Vaccine operations Central Provinces & Berar 1912-1920 - 1912-1920
Year: 1912
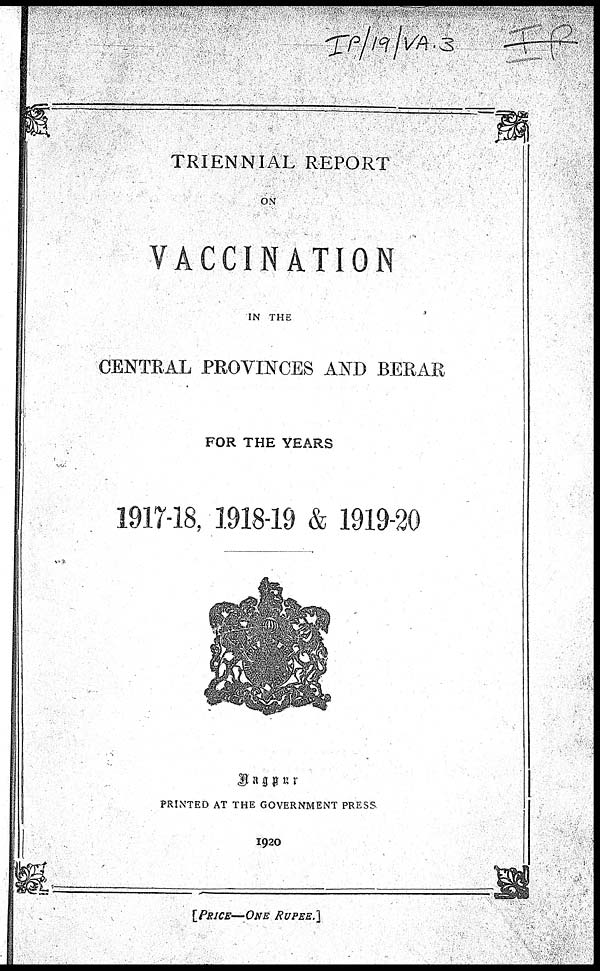
TRIENNIAL REPORT
ON
VACCINATION
IN THE
CENTRAL PROVINCES AND BERAR
FOR THE YEARS
1917-18, 1918-19 & 1919-20
Nagpur
PRINTED AT THE GOVERNMENT PRESS
1920
[PRICE—ONE RUPEE.]